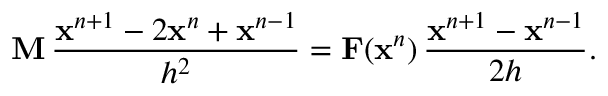
\mathbf { M } \, \frac { \mathbf { x } ^ { n + 1 } - 2 \mathbf { x } ^ { n } + \mathbf { x } ^ { n - 1 } } { h ^ { 2 } } = \mathbf { F } ( \mathbf { x } ^ { n } ) \, \frac { \mathbf { x } ^ { n + 1 } - \mathbf { x } ^ { n - 1 } } { 2 h } .